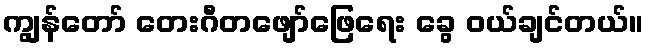
ကျွန်တော် တေးဂီတဖျော်ဖြေရေး ခွေ ဝယ်ချင်တယ်။